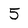
Character: 5